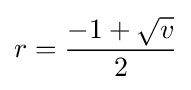
r={\frac {-1+{\sqrt {v}}}{2}}